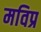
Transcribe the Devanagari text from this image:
मविप्र